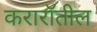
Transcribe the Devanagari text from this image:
करारॉतील